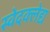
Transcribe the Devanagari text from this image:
स्वेदक्लेद्य